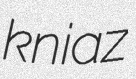
kniaz